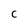
Character: C